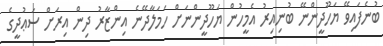
ބުނެފައިވޭ ޔަހޫދީންނޭ ބުނިއިރު އެމީހުން ޔަހޫދީންނަށް ހަމަލާދޭނެ އިންޒާރު ދިން އިރަށް ސަޢުދީގެ